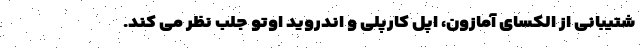
شتیبانی از الکسای آمازون، اپل کارپلی و اندروید اوتو جلب نظر می کند.